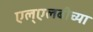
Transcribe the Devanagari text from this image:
एल्‌एलबीच्या